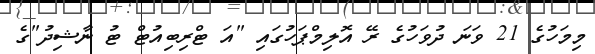
މިމަހުގެ 21 ވަނަ ދުވަހުގެ ރޭ އޮލިމްޕަހުގައި "އަ ޓްރިބިއުޓް ޓު ނާޝިދު"ގެ